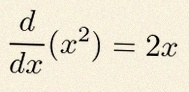
\frac{d}{dx}(x^2)=2x